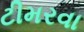
ટીમરવા